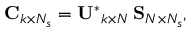
\mathbf { C } _ { k \times N _ { s } } = \mathbf { U ^ { * } } _ { k \times N } \, \mathbf { S } _ { N \times N _ { s } } ,